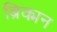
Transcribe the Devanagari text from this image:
ब्रिक्मन